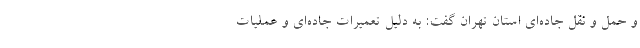
و حمل و نقل جاده‌ای استان تهران گفت: به دلیل تعمیرات جاده‌ای و عملیات